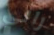
رالي